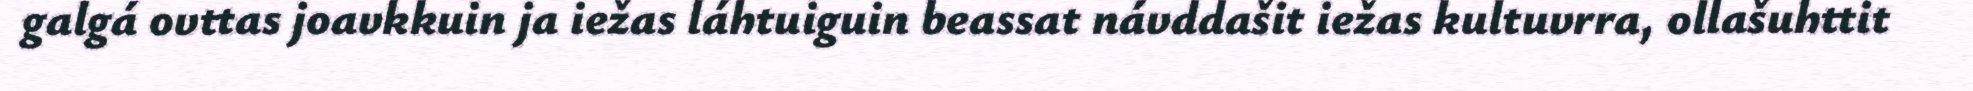
galgá ovttas joavkkuin ja iežas láhtuiguin beassat návddašit iežas kultuvrra, ollašuhttit